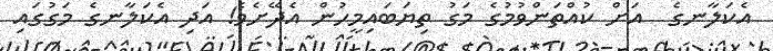
އެކަލާނގެ  އަށް ކުއްތަންވުމުގެ މަގު ތިޔަބައިމީހުން އެދޭށެވެ! އަދި އެކަލާނގެ މަގުގައި